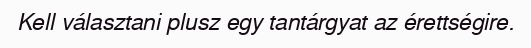
Kell választani plusz egy tantárgyat az érettségire.